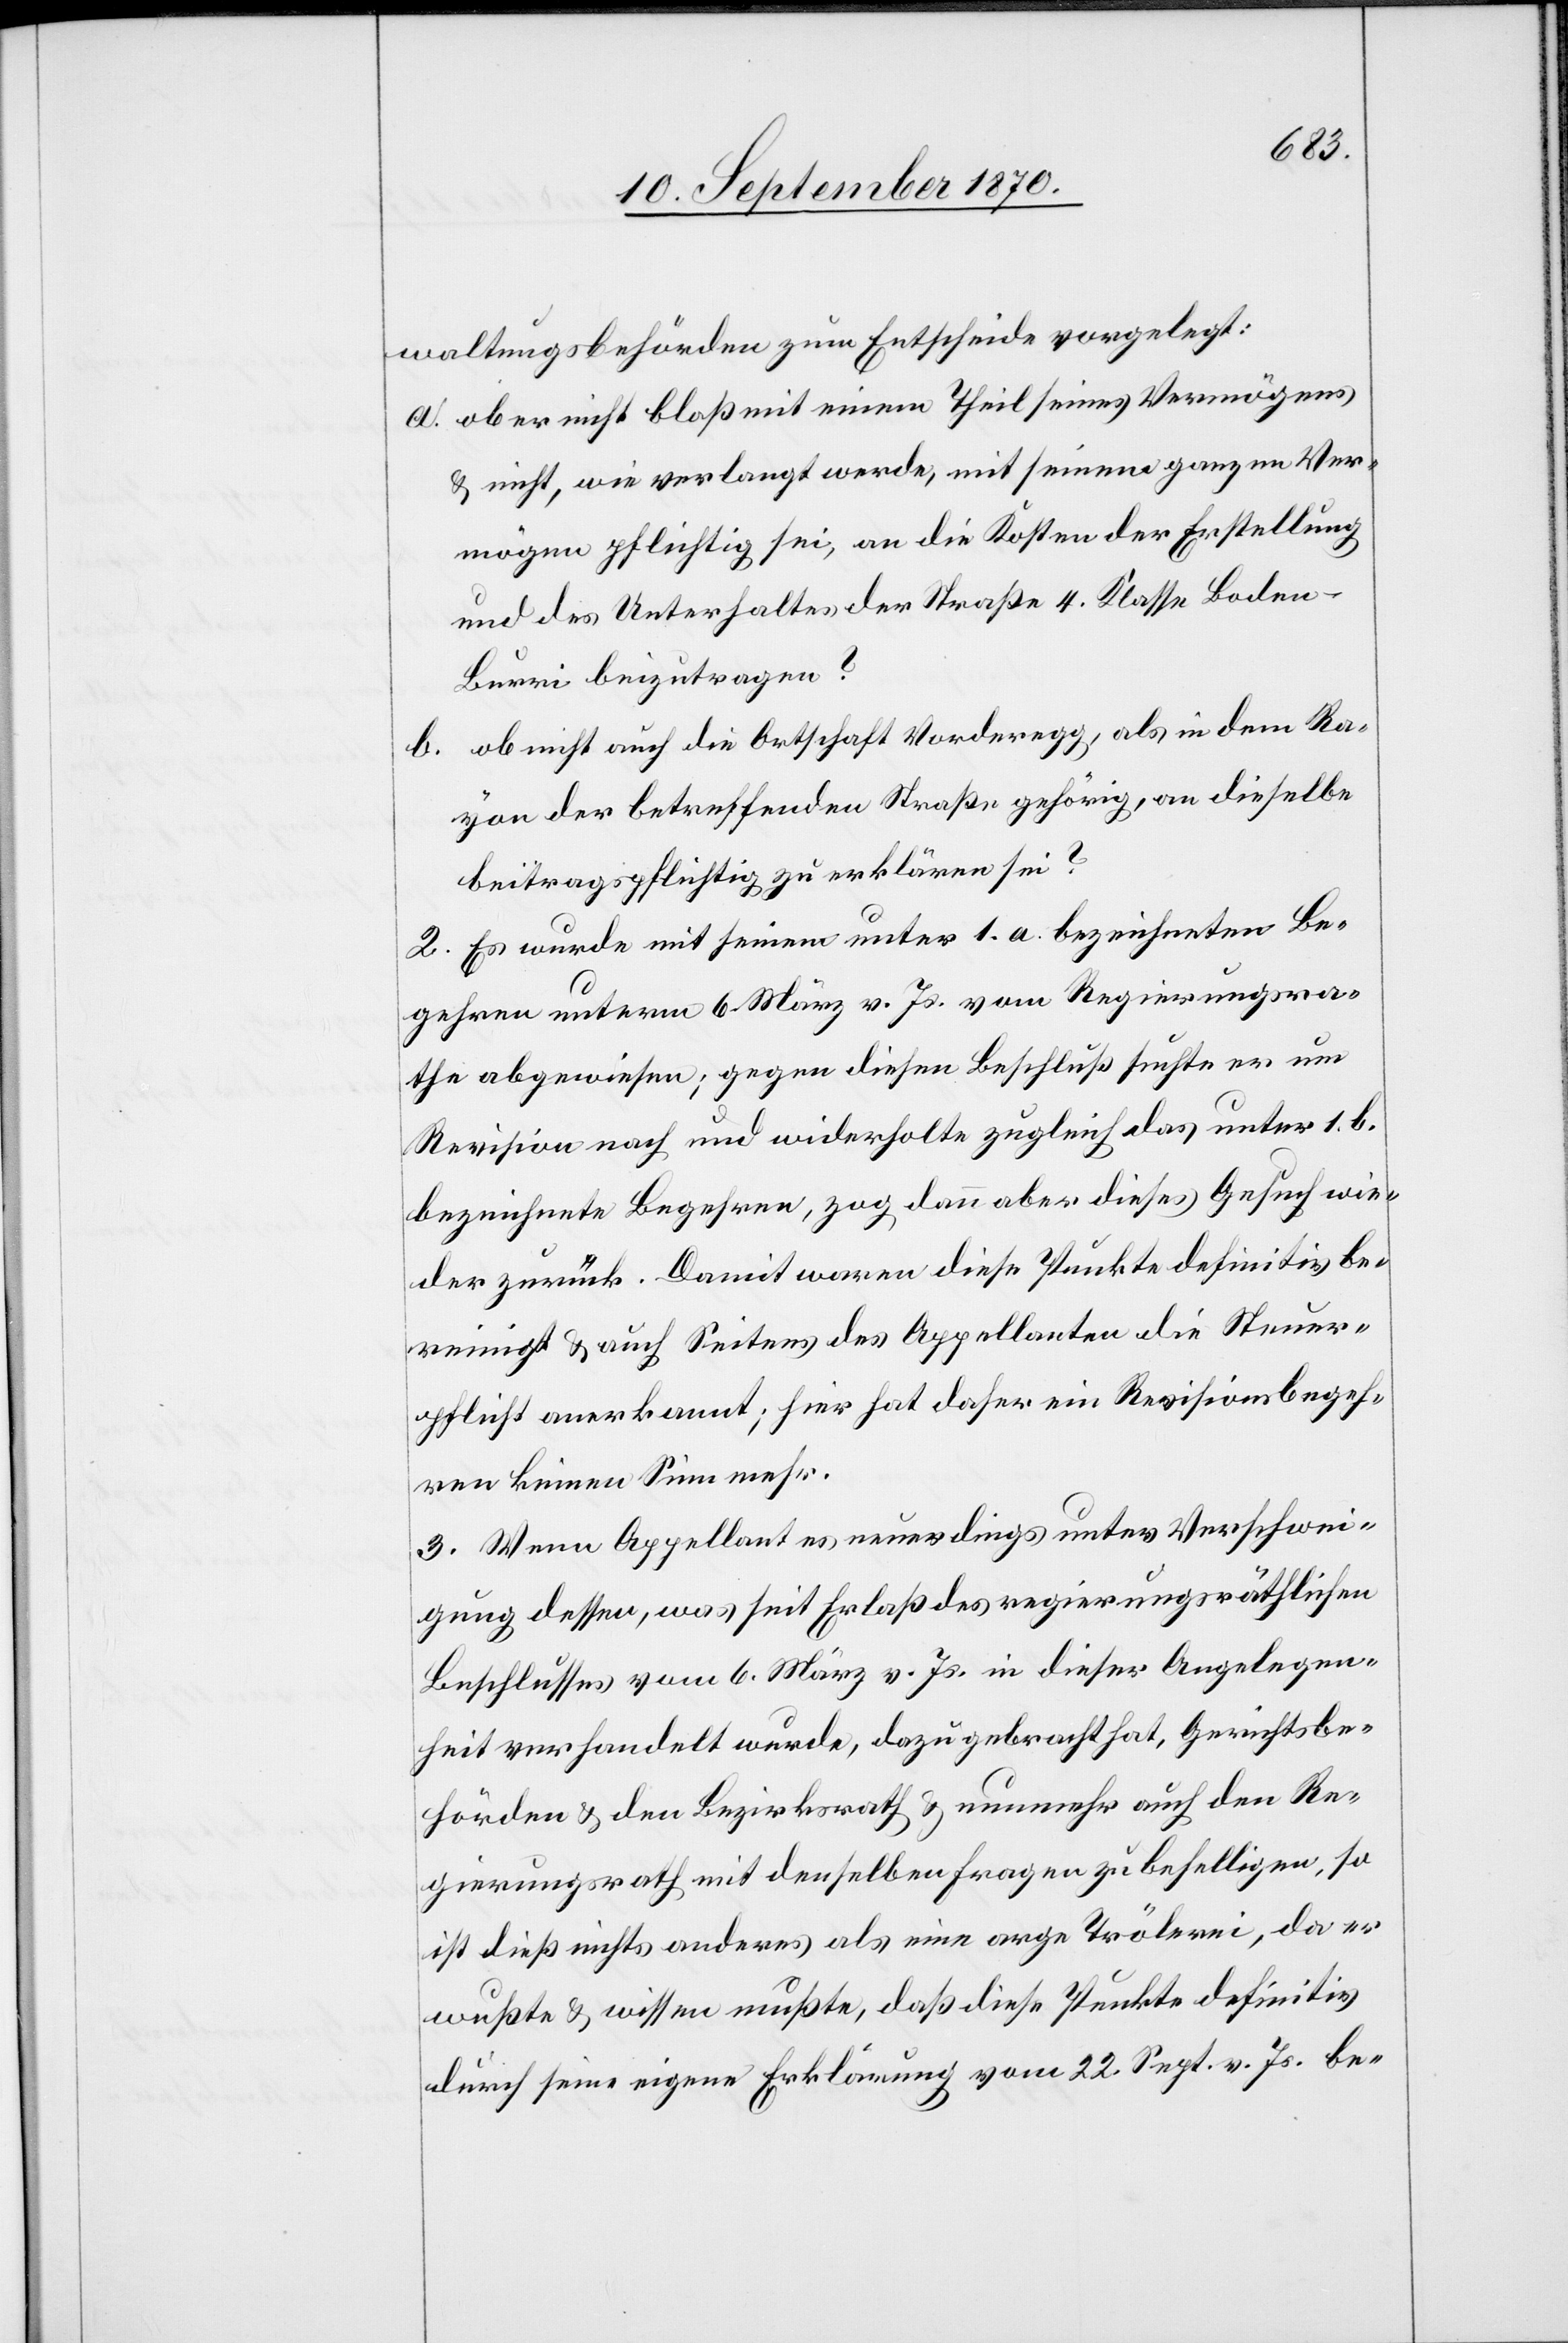
waltungsbehörden zum Entscheide vorgelegt:
a. ob er nicht bloß mit einem Theil seines Vermögens
& nicht, wie verlangt werde, mit seinem ganzen Ver¬
mögen pflichtig sei, an die Kosten der Erstellung
und des Unterhaltes der Straße 4. Klasse Boden–B¬
urri beizutragen?
b. ob nicht auch die Ortschaft Vorderegg, als in dem Ra¬
yon der betreffenden Straße gehörig, an dieselbe
beitragspflichtig zu erklären sei?
2. Es [sic!] wurde mit seinem unter 1. a. bezeichneten Be¬
gehren unterm 6. März v. Js. vom Regierungsra¬
the abgewiesen; gegen diesen Beschluß suchte er um
Revision nach und wiederholte zugleich das unter 1. b.
bezeichnete Begehren, zog dann aber dieses Gesuch wie¬
der zurück. Damit waren diese Punkte definitiv be¬
reinigt & auch Seites des Appellanten die Steuer¬
pflicht anerkannt; hier hat daher ein Revisionsbegeh¬
ren keinen Sinn mehr.
3. Wenn Appellant es neuerdings unter Verschwei¬
gung dessen, was seit Erlaß des regierungsräthlichen
Beschlusses vom 6. März v. Js. in dieser Angelegen¬
heit verhandelt wurde, dazu gebracht hat, Gerichtsbe¬
hörden & den Bezirksrath & nunmehr auch den Re¬
gierungsrath mit denselben Fragen zu behelligen, so
ist dieß nichts anderes als eine arge Trölerei, da er
wußte & wissen mußte, daß diese Punkte definitiv
durch seine eigene Erklärung vom 22. Sept. v. Js. be-